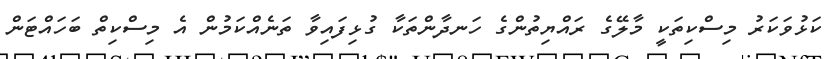
ކަޅުވަކަރު މިސްކިތަކީ މާލޭގެ ރައްޔިތުންގެ ހަނދާންތަކާ ގުޅިފައިވާ ތަނެއްކަމުން އެ މިސްކިތް ބަހައްޓަން